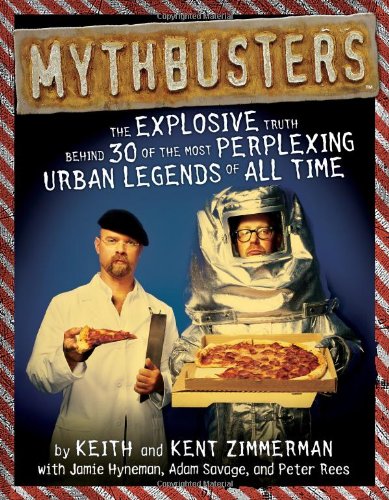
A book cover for MythBusters: The Explosive Truth Behind 30 of the Most Perplexing Urban Legends of All Time; Keith Zimmerman; Humor & Entertainment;